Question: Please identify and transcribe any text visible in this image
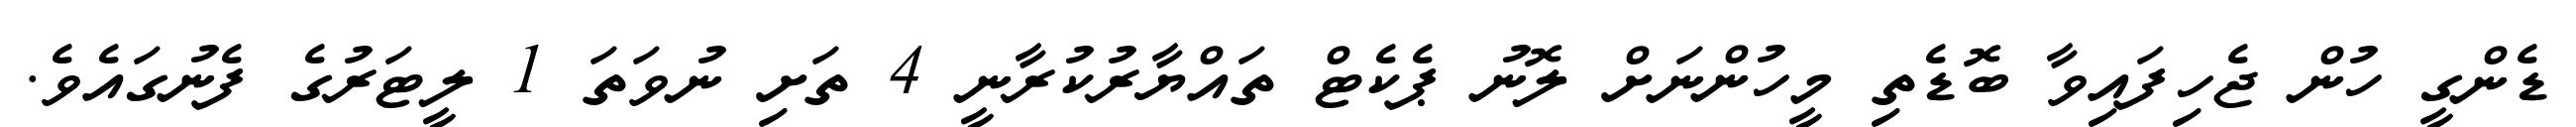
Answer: ޑެންގީ ހުން ޖެހިފައިވާ ބޮޑެތި މީހުންނަށް ލޮނު ޕެކެޓް ތައްޔާރުކުރާނީ 4 ތަށި ނުވަތަ 1 ލީޓަރުގެ ފެނުގައެވެ.